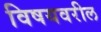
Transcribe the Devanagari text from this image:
विषयवरील